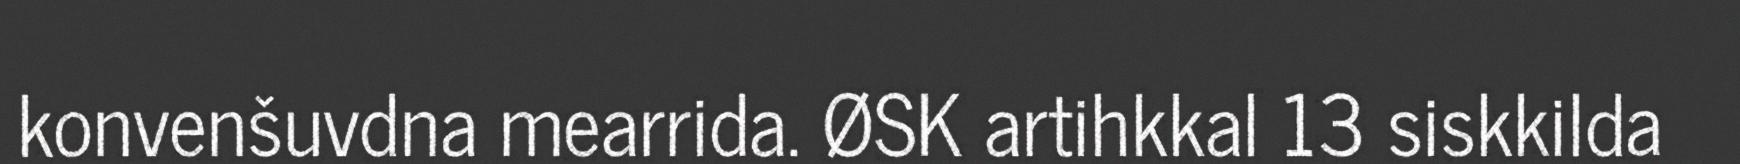
konvenšuvdna mearrida. ØSK artihkkal 13 siskkilda